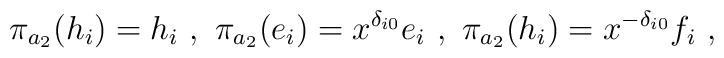
\pi_{a_2}(h_i)=h_i\ ,\ \pi_{a_2}(e_i)=x^{\delta_{i0}}e_i\ ,\ \pi_{a_2}(h_i)=x^{-\delta_{i0}}f_i\ ,